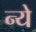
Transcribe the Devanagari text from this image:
न्‍ये